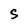
Character: S